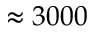
\approx 3 0 0 0